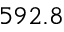
5 9 2 . 8